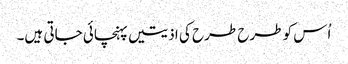
اُس کو طرح طرح کی اذیتیں پہنچائی جاتی ہیں۔